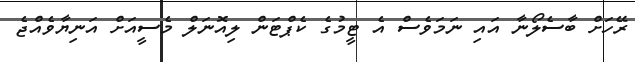
ރޭހަށް ބާސެލޯނާ އައި ނަމަވެސް އެ ޓީމުގެ ކެޕްޓަން ލިއޮނަލް މެސީއަށް އަނިޔާވެއްޖެ